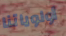
أولوياتنا